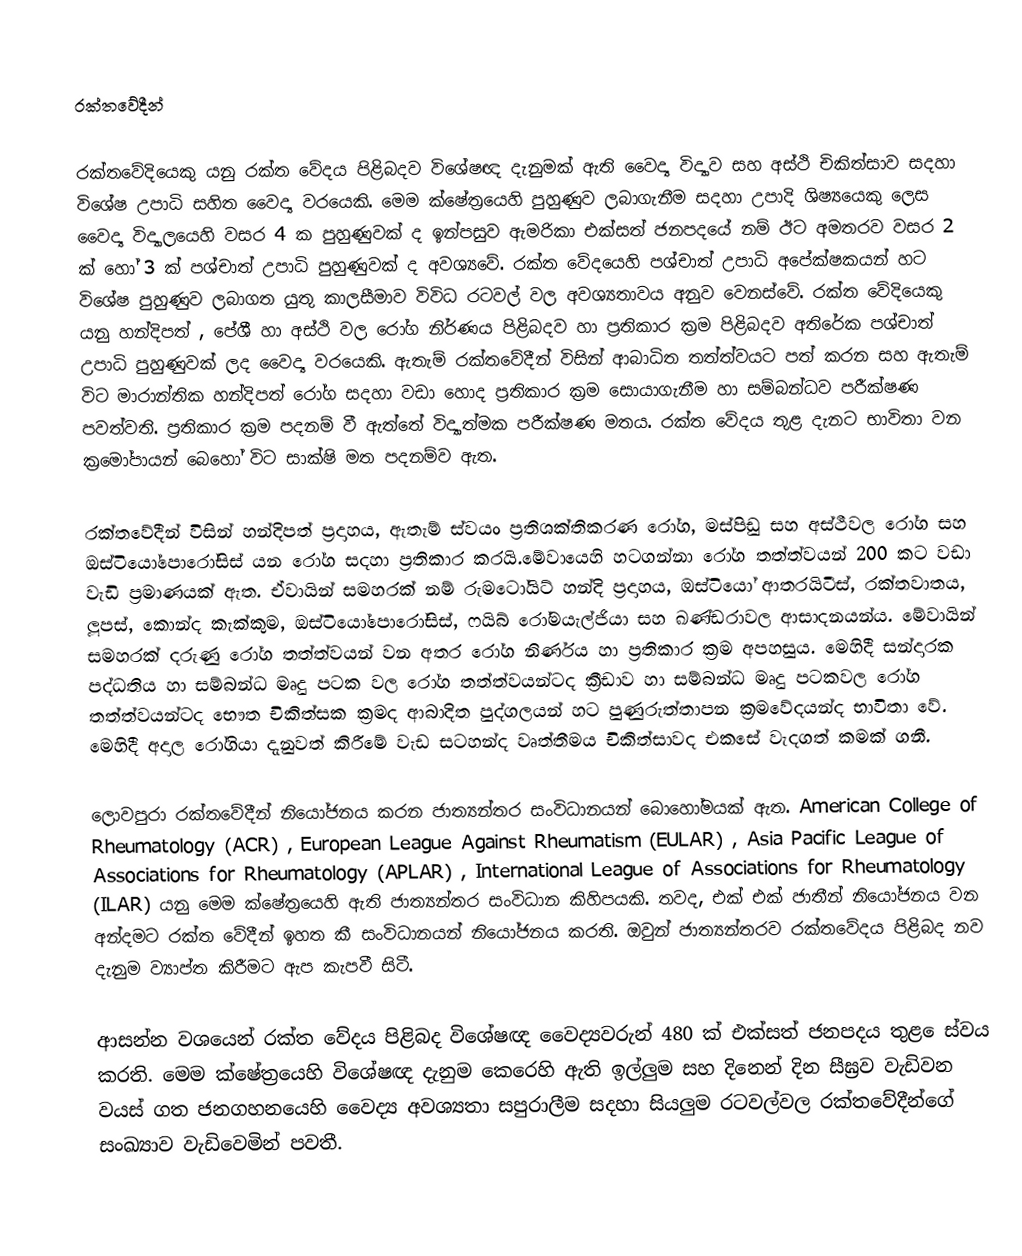

රක්තවේදීන්

රක්තවේදියෙකු යනු රක්ත වේදය පිළිබදව විශේෂඥ දැනුමක් ඇති වෛද්‍ය විද්‍යාව සහ අස්ථි චිකිත්සාව සදහා විශේෂ උපාධි සහිත වෛද්‍ය වරයෙකි.  මෙම ක්ෂේත්‍රයෙහි පුහුණුව ලබාගැනීම සදහා උපාදි ශිෂ්‍යයෙකු ලෙස වෛද්‍ය විද්‍යාලයෙහි වසර 4 ක පුහුණුවක් ද ඉන්පසුව ඇමරිකා එක්සත් ජනපදයේ නම් ඊට අමතරව වසර 2 ක් හෝ 3 ක් පශ්චාත් උපාධි පුහුණුවක් ද අවශ්‍යවේ. රක්ත වේදයෙහි පශ්චාත් උපාධි අපේක්ෂකයන් හට විශේෂ පුහුණුව ලබාගත යුතු කාලසීමාව විවිධ රටවල් වල අවශ්‍යතාවය අනුව වෙනස්වේ. රක්ත වේදියෙකු යනු හන්දිපත් , පේශී හා අස්ථි වල රෝග නිර්ණය පිළිබදව හා ප්‍රතිකාර ක්‍රම පිළිබදව අතිරේක පශ්චාත් උපාධි  පුහුණුවක් ලද වෛද්‍ය වරයෙකි.  ඇතැම් රක්තවේදීන් විසින් ආබාධිත තත්ත්වයට පත් කරන සහ ඇතැම් විට මාරාන්තික හන්දිපත් රෝග සදහා වඩා හොද ප්‍රතිකාර ක්‍රම සොයාගැනීම හා සම්බන්ධව පරීක්ෂණ පවත්වති. ප්‍රතිකාර ක්‍රම පදනම් වී ඇත්තේ විද්‍යාත්මක පරීක්ෂණ මතය. රක්ත වේදය තුළ දැනට භාවිතා වන ක්‍රමෝපායන් බෙහෝ විට සාක්ෂි මත පදනම්ව ඇත.

රක්තවේදීන් විසින් හන්දිපත් ප්‍රදාහය, ඇතැම් ස්වයං ප්‍රතිශක්තිකරණ රෝග, මස්පිඩු සහ අස්ථීවල රෝග සහ ඔස්ටියෝපොරෝසිස් යන රෝග සදහා ප්‍රතිකාර කරයි.මේවායෙහි හටගන්නා රෝග තත්ත්වයන් 200 කට වඩා වැඩි ප්‍රමාණයක් ඇත. ඒවායින් සමහරක්  නම් රුමටෝයිට් හන්දි ප්‍රදාහය, ඔස්ටියෝ ආතරයිටීස්,  රක්තවාතය, ලූපස්, කොන්ද කැක්කුම, ඔස්ටියෝපොරෝසිස්, ෆයිබ් රෝමයැල්ජියා සහ ඛණ්ඩරාවල ආසාදනයන්ය. මේවායින් සමහරක් දරුණු රෝග තත්ත්වයන් වන අතර රෝග නිර්ණය හ‍ා ප්‍රතිකාර ක්‍රම අපහසුය. මෙහිදී සන්දාරක පද්ධතිය හා සම්බන්ධ මෘදු පටක වල රෝග තත්ත්වයන්ටද ක්‍රීඩාව හා සම්බන්ධ මෘදු පටකවල රෝග තත්ත්වයන්ටද භෞත චිකිත්සක ක්‍රමද ආබාදිත පුද්ගලයන් හට පුණුරුත්තාපන ක්‍රමවේදයන්ද භාවිතා වේ. මෙහිදී අදාල රෝගියා දැනුවත් කිරීමේ වැඩ සටහන්ද වෘත්තීමය චිකිත්සාවද එකසේ වැදගත් කමක් ගනී.

ලොවපුරා රක්තවේදීන් නියෝජනය කරන ජාත්‍යන්තර සංවිධානයන් බොහෝමයක් ඇත. American College of Rheumatology (ACR) , European League Against Rheumatism (EULAR) , Asia Pacific League of Associations for Rheumatology (APLAR) , International League of Associations for Rheumatology (ILAR) යනු මෙම ක්ෂේත්‍රයෙහි ඇති ජාත්‍යන්තර සංවිධාන කිහිපයකි. තවද, එක් එක් ජාතීන් නියෝජනය වන අන්දමට රක්ත වේදීන් ඉහත කී සංවිධානයන් නියෝජනය කරති. ඔවුන් ජාත්‍යන්තරව රක්තවේදය පිළිබද නව දැනුම ව්‍යාප්ත කිරීමට ඇප කැපවී සිටී.

ආසන්න වශයෙන් රක්ත වේදය පිළිබද විශේෂඥ වෛද්‍යවරුන් 480 ක් එක්සත් ජනපදය තුළ ‍ෙස්වය කරති. මෙම ක්ෂේත්‍රයෙහි විශේෂඥ දැනුම කෙරෙහි ඇති ඉල්ලුම සහ දිනෙන් දින සීඝ්‍රව වැඩිවන වයස් ගත ජනගහනයෙහි වෛද්‍ය අවශ්‍යතා සපුරාලීම සදහා සියලුම රටවල්වල රක්තවේදීන්ගේ සංඛ්‍යාව වැඩිවෙමින් පවතී.